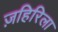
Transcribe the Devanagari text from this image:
ज़हिरिला